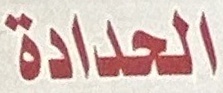
الحدادة